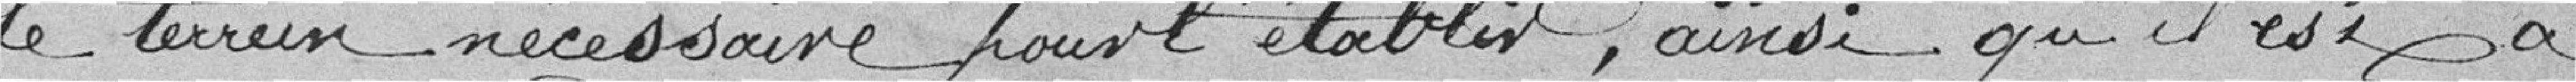
le terrain nécessaire pour l'établir, ainsi qu'il est à